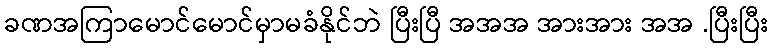
ခဏအကြာမောင်မောင်မှာမခံနိုင်ဘဲ ပြီးပြီ အအအ အားအား အအ .ပြီးပြီး